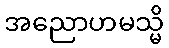
အညောဟမသ္မိ